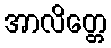
အာလိတ္တေ